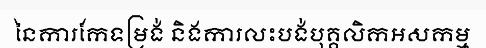
នៃការកែទម្រង់ និងការលះបង់បុគ្គលិកអសកម្ម